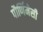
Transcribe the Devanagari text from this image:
पौर्णिमेसी